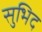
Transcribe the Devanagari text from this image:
सुभिद